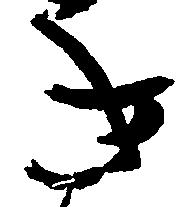
き